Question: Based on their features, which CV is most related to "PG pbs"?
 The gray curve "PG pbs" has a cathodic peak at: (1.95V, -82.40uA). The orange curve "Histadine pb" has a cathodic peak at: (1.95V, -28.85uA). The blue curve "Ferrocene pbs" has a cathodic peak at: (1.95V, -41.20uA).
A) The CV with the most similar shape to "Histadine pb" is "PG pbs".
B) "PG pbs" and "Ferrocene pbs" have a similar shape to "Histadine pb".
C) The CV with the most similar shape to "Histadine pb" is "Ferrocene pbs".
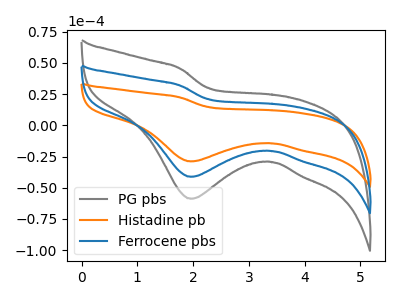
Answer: <think>All the peaks in "PG pbs" have a peak in "Histadine pb" at the same potential. Every peak in "PG pbs" is higher than every peak in "Histadine pb". All the peaks in "PG pbs" have a peak in "Ferrocene pbs" at the same potential. Every peak in "PG pbs" is higher than every peak in "Ferrocene pbs". All the peaks in "Histadine pb" have a peak in "Ferrocene pbs" at the same potential. Every peak in "Histadine pb" is lower than every peak in "Ferrocene pbs".
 </think>
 <answer>B) "PG pbs" and "Ferrocene pbs" have a similar shape to "Histadine pb".</answer>
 <eval>B</eval>